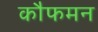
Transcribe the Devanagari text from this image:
कौफमन